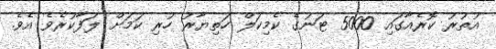
އުތުރު ކޮރެއާގައި 5000 ޓަނުގެ ކެމިކަލް ހަތިޔާރު ހުރި ކަމަށް ލަފާކުރެވެ އެވެ.